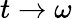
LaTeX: t\to\omega